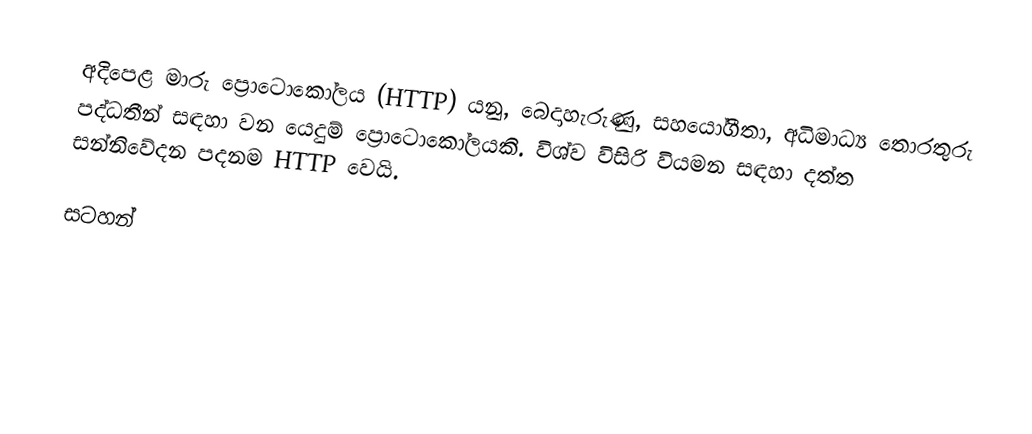
අදිපෙළ මාරු ප්‍රොටොකෝලය (HTTP) යනු,  බෙදාහැරුණු, සහයෝගීතා, අධිමාධ්‍ය තොරතුරු පද්ධතීන් සඳහා වන   යෙදුම් ප්‍රොටොකෝලයකි. විශ්ව විසිරි වියමන සඳහා දත්ත සන්නිවේදන පදනම HTTP වෙයි.

සටහන්